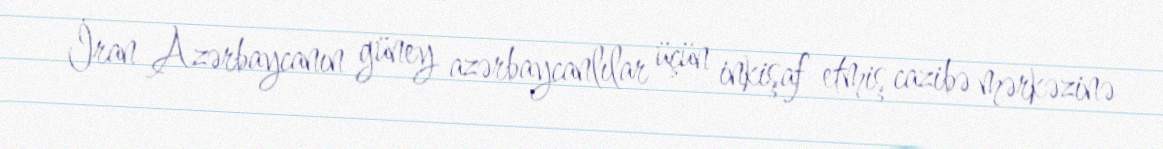
İran Azərbaycanın güney azərbaycanlılar üçün inkişaf etmiş cazibə mərkəzinə